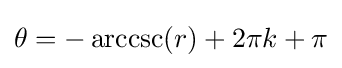
\theta =-\operatorname {arccsc} (r)+2\pi k+\pi